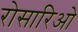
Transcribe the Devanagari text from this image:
रोसारिओ